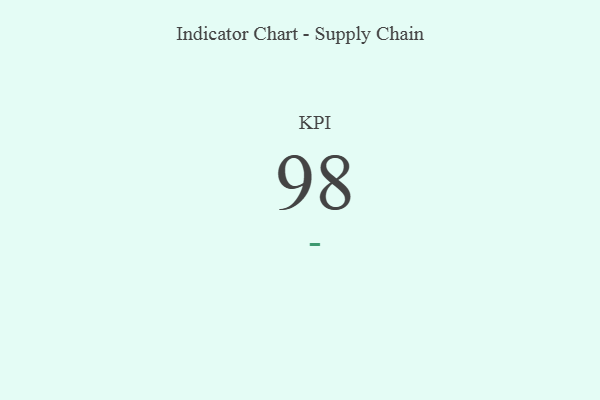
{"axis": {"x": "KPI", "y": "Value"}, "legend": [""], "data": [{"x": "KPI", "y": 98, "type": ""}]}